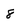
Character: 8